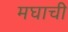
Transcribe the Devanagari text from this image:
मघाची